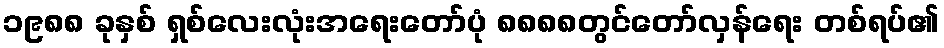
၁၉၈၈ ခုနှစ် ရှစ်လေးလုံးအရေးတော်ပုံ ၈၈၈၈တွင်တော်လှန်ရေး တစ်ရပ်၏